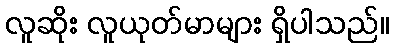
လူဆိုး လူယုတ်မာများ ရှိပါသည်။